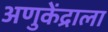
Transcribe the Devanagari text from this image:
अणुकेंद्राला